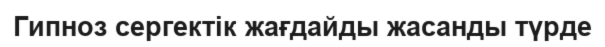
Гипноз сергектік жағдайды жасанды түрде